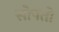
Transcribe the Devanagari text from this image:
सोपतो